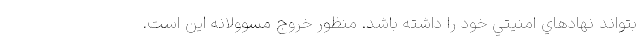
بتواند نهادهاي امنيتي خود را داشته باشد. منظور خروج مسوولانه اين است.